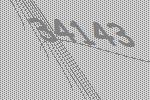
34143